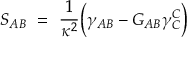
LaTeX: S _ { A B } \ = \ \frac { 1 } { \kappa ^ { 2 } } \Big ( \gamma _ { A B } - G _ { A B } \gamma _ { C } ^ { C } \Big )